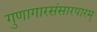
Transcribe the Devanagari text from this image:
गुणागारसंसारपारम्